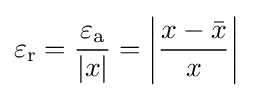
\varepsilon _{\rm {r}}={\frac {\varepsilon _{\rm {a}}}{|x|}}=\left|{\frac {x-{\bar {x}}}{x}}\right|